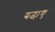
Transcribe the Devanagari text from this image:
बढा़ए